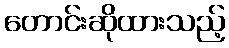
တောင်းဆိုထားသည့်